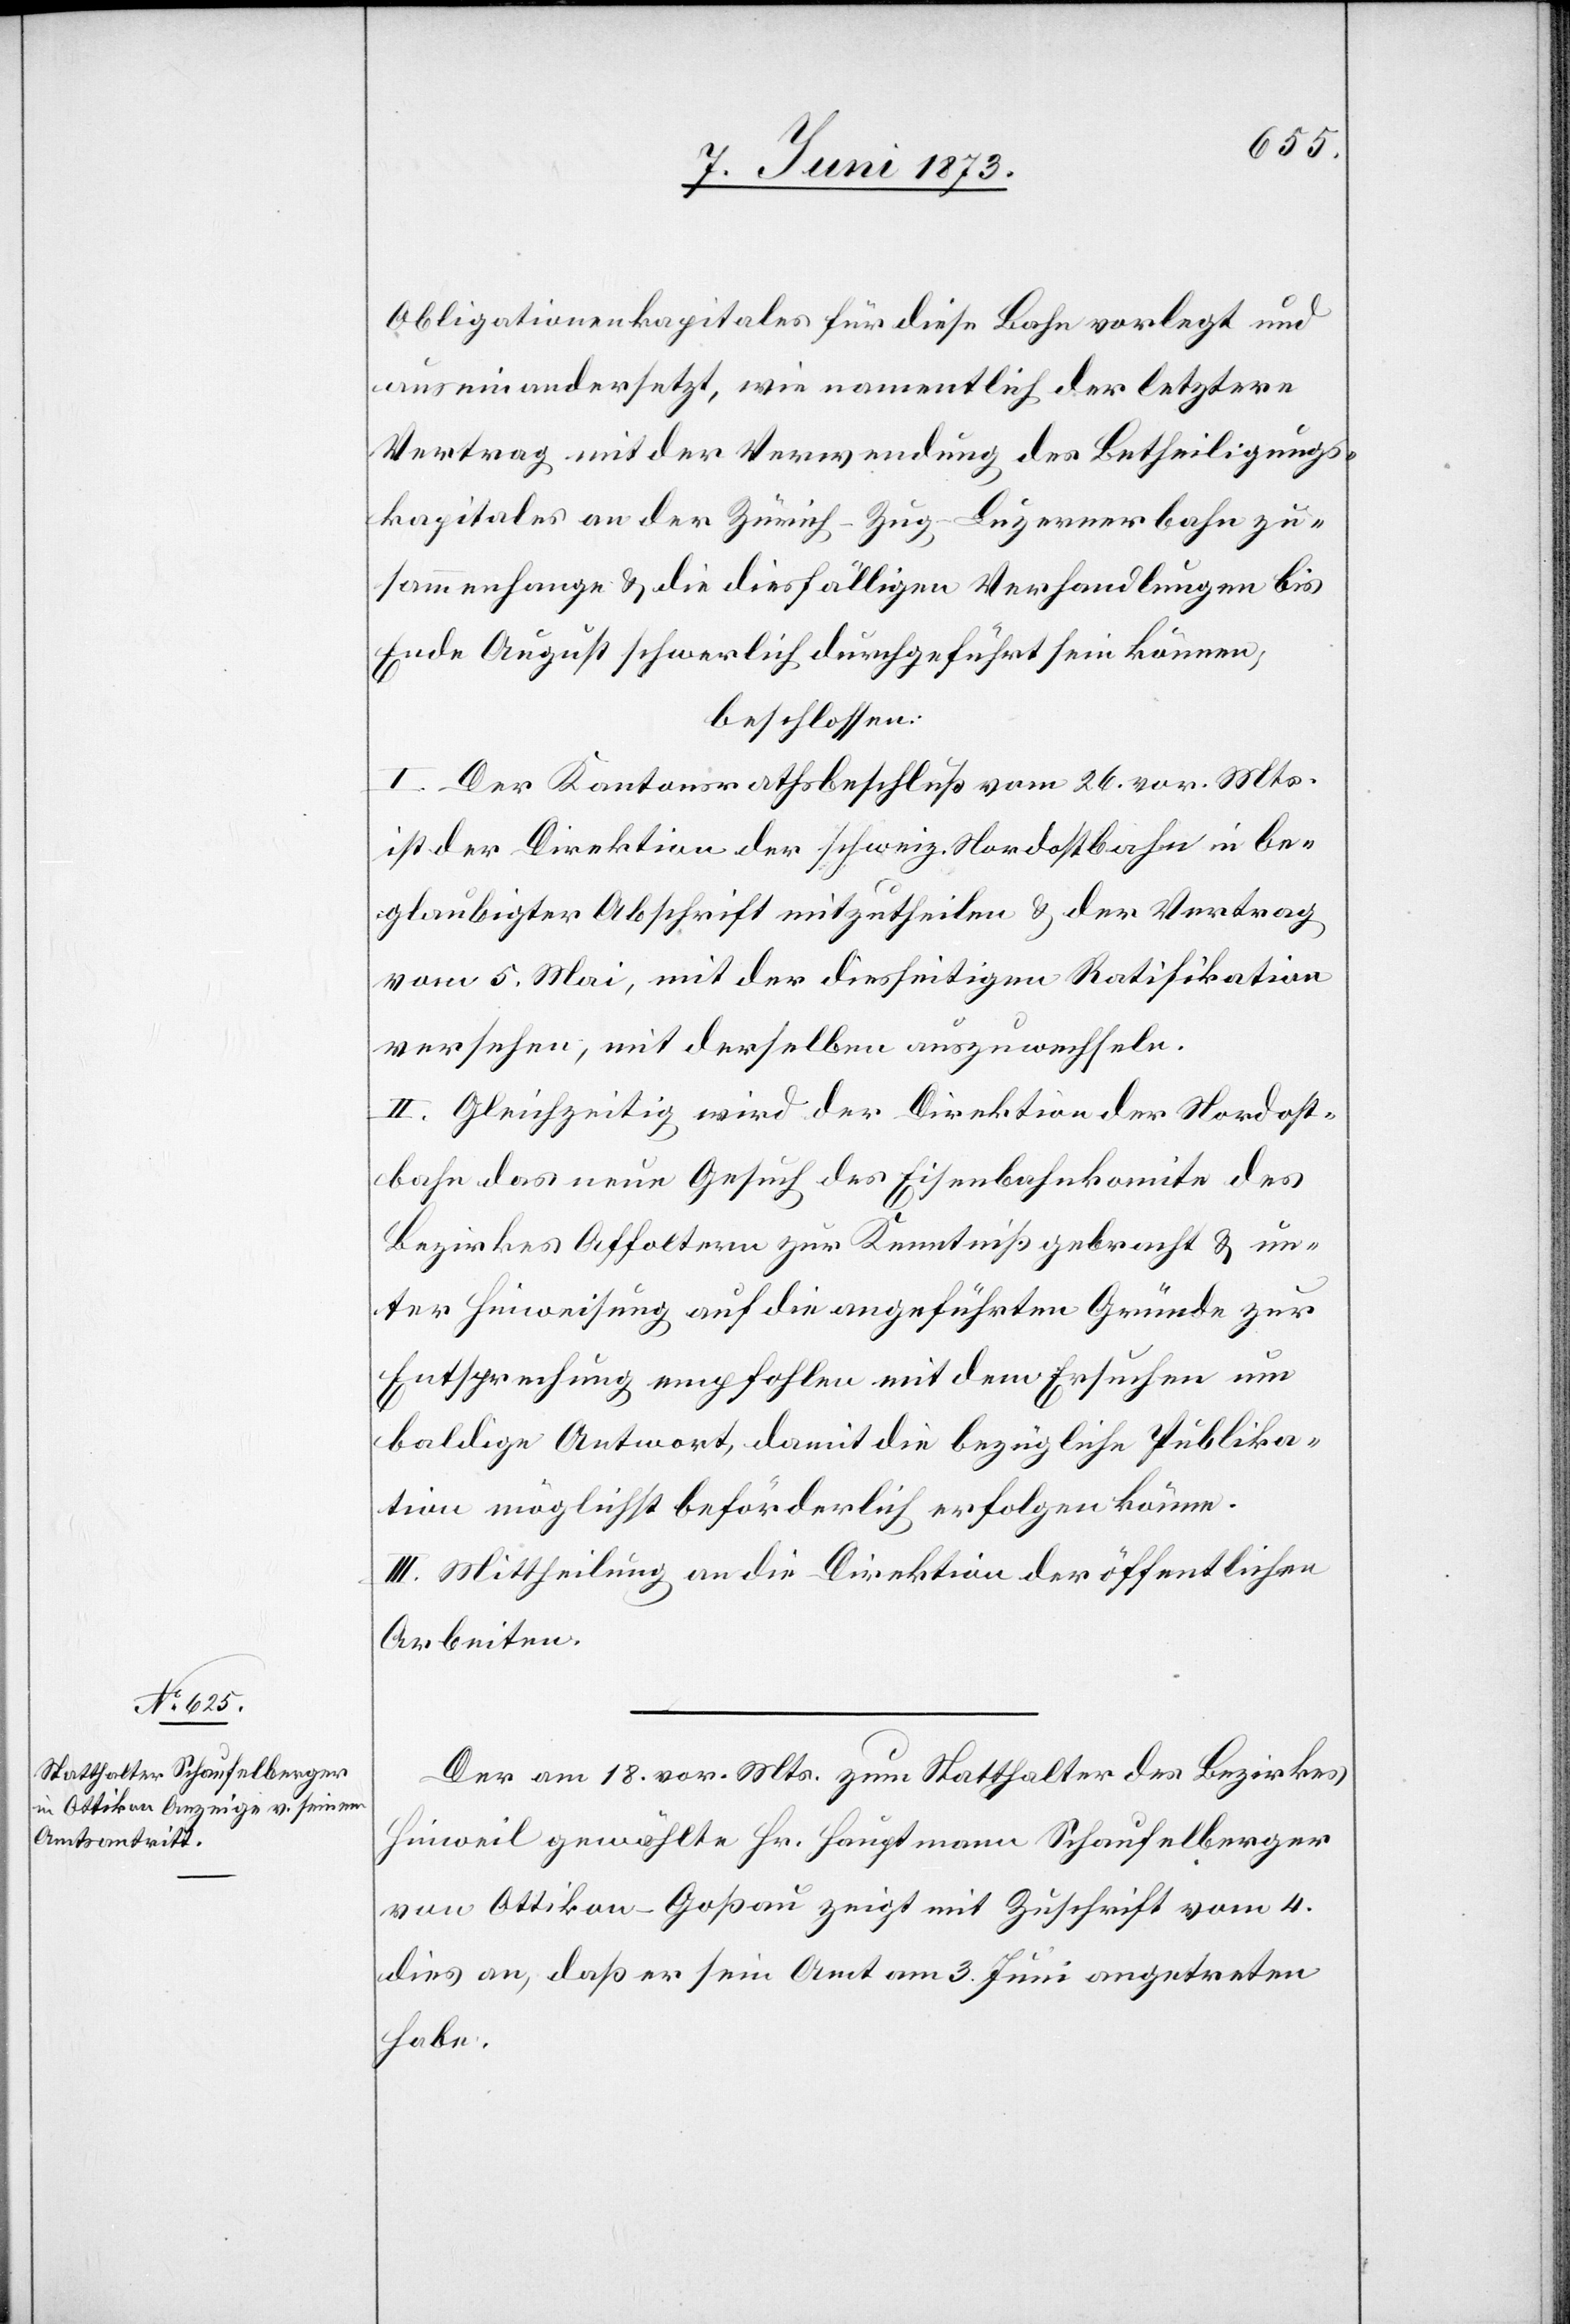
Obligationenkapitales für diese Bahn vorlegt und
auseinandersetzt, wie namentlich der letztere
Vertrag mit der Verwendung des Betheiligungs¬
kapitales an der Zürich–Zug–Luzernerbahn zu¬
sammenhange & die diesfälligen Verhandlungen bis
Ende August schwerlich durchgeführt sein können;
beschlossen:
I. Der Kantonsrathsbeschluß vom 26. vor. Mts.
ist der Direktion der schweiz. Nordostbahn in be¬
glaubigter Abschrift mitzutheilen & der Vertrag
vom 5. Mai, mit der diesseitigen Ratifikation
versehen, mit derselben auszuwechseln.
II. Gleichzeitig wird der Direktion der Nordost¬
bahn das neue Gesuch des Eisenbahnkomite des
Bezirkes Affoltern zur Kenntniß gebracht & un¬
ter Hinweisung auf die angeführten Gründe zur
Entsprechung empfohlen mit dem Ersuchen um
baldige Antwort, damit die bezügliche Publika¬
tion möglichst beförderlich erfolgen könne.
III. Mittheilung an die Direktion der öffentlichen
Arbeiten.
Der am 18. vor. Mts. zum Statthalter des Bezirkes
Hinweil gewählte Hr. Hauptmann Schaufelberger
von Ottikon–Goßau zeigt mit Zuschrift vom 4.
dies an, daß er sein Amt am 3. Juni angetreten
habe.